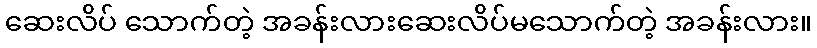
ဆေးလိပ် သောက်တဲ့ အခန်းလားဆေးလိပ်မသောက်တဲ့ အခန်းလား။